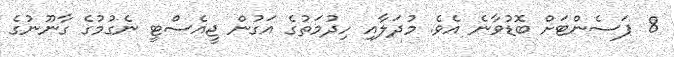
8 ޕަސެންޓަށް ބޮޑުވާނެ އެވެ. މުދަލާއި ހިދުމަތުގެ އަގުން ޖީއެސްޓީ ނެގުމުގެ ގާނޫނުގެ